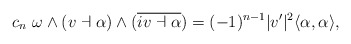
\begin{align*} c_{n} \ \omega \wedge (v\dashv \alpha) \wedge (\overline{i v\dashv\alpha})= (-1)^{n-1} \vert v'\vert^{2} \langle \alpha,\alpha \rangle, \end{align*}